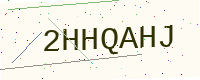
Text: 2HHQAHJ